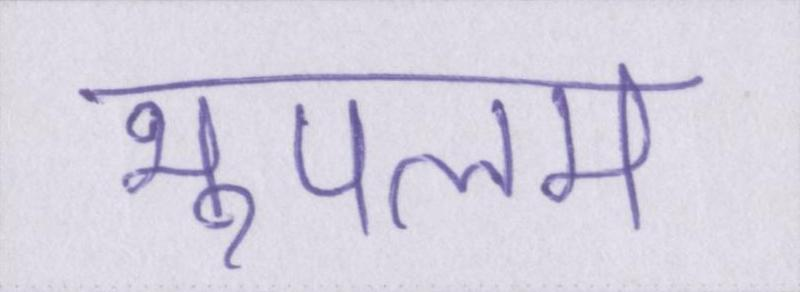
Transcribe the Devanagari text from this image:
भूपलम